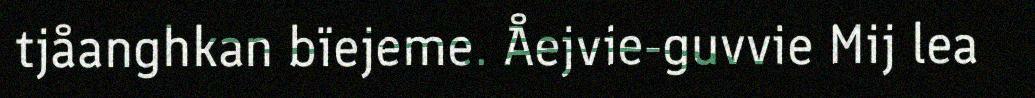
tjåanghkan bïejeme. Åejvie-guvvie Mij lea